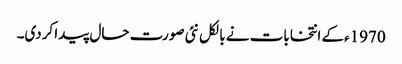
1970ءکے انتخابات نے بالکل نئی صورت حال پیدا کردی۔